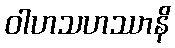
ဝါဟသဟဿာနိ